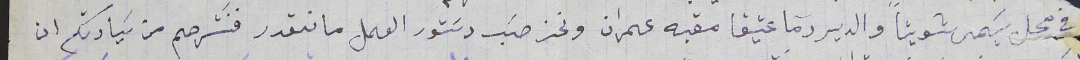
في محل يسَمى شويتا والدير رما عتيقا مقبه عمران ونحن حسَب دسَتور العمل ما نقدر فنسَترحم من سَيادتكم ان